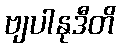
ဗျပါနုဒီတိ